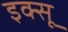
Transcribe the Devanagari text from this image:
इक्सू